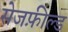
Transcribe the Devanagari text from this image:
सेजफ़ील्ड